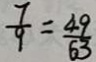
\frac { 7 } { 9 } = \frac { 4 9 } { 6 3 }